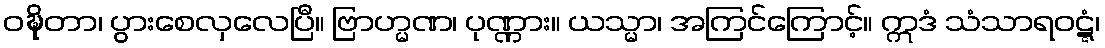
ဝဍ္ဎိတာ၊ ပွားစေလှလေပြီ။ ဗြာဟ္မဏ၊ ပုဏ္ဏား။ ယသ္မာ၊ အကြင်ကြောင့်။ ဣဒံ သံသာရဝဋ္ဋံ၊